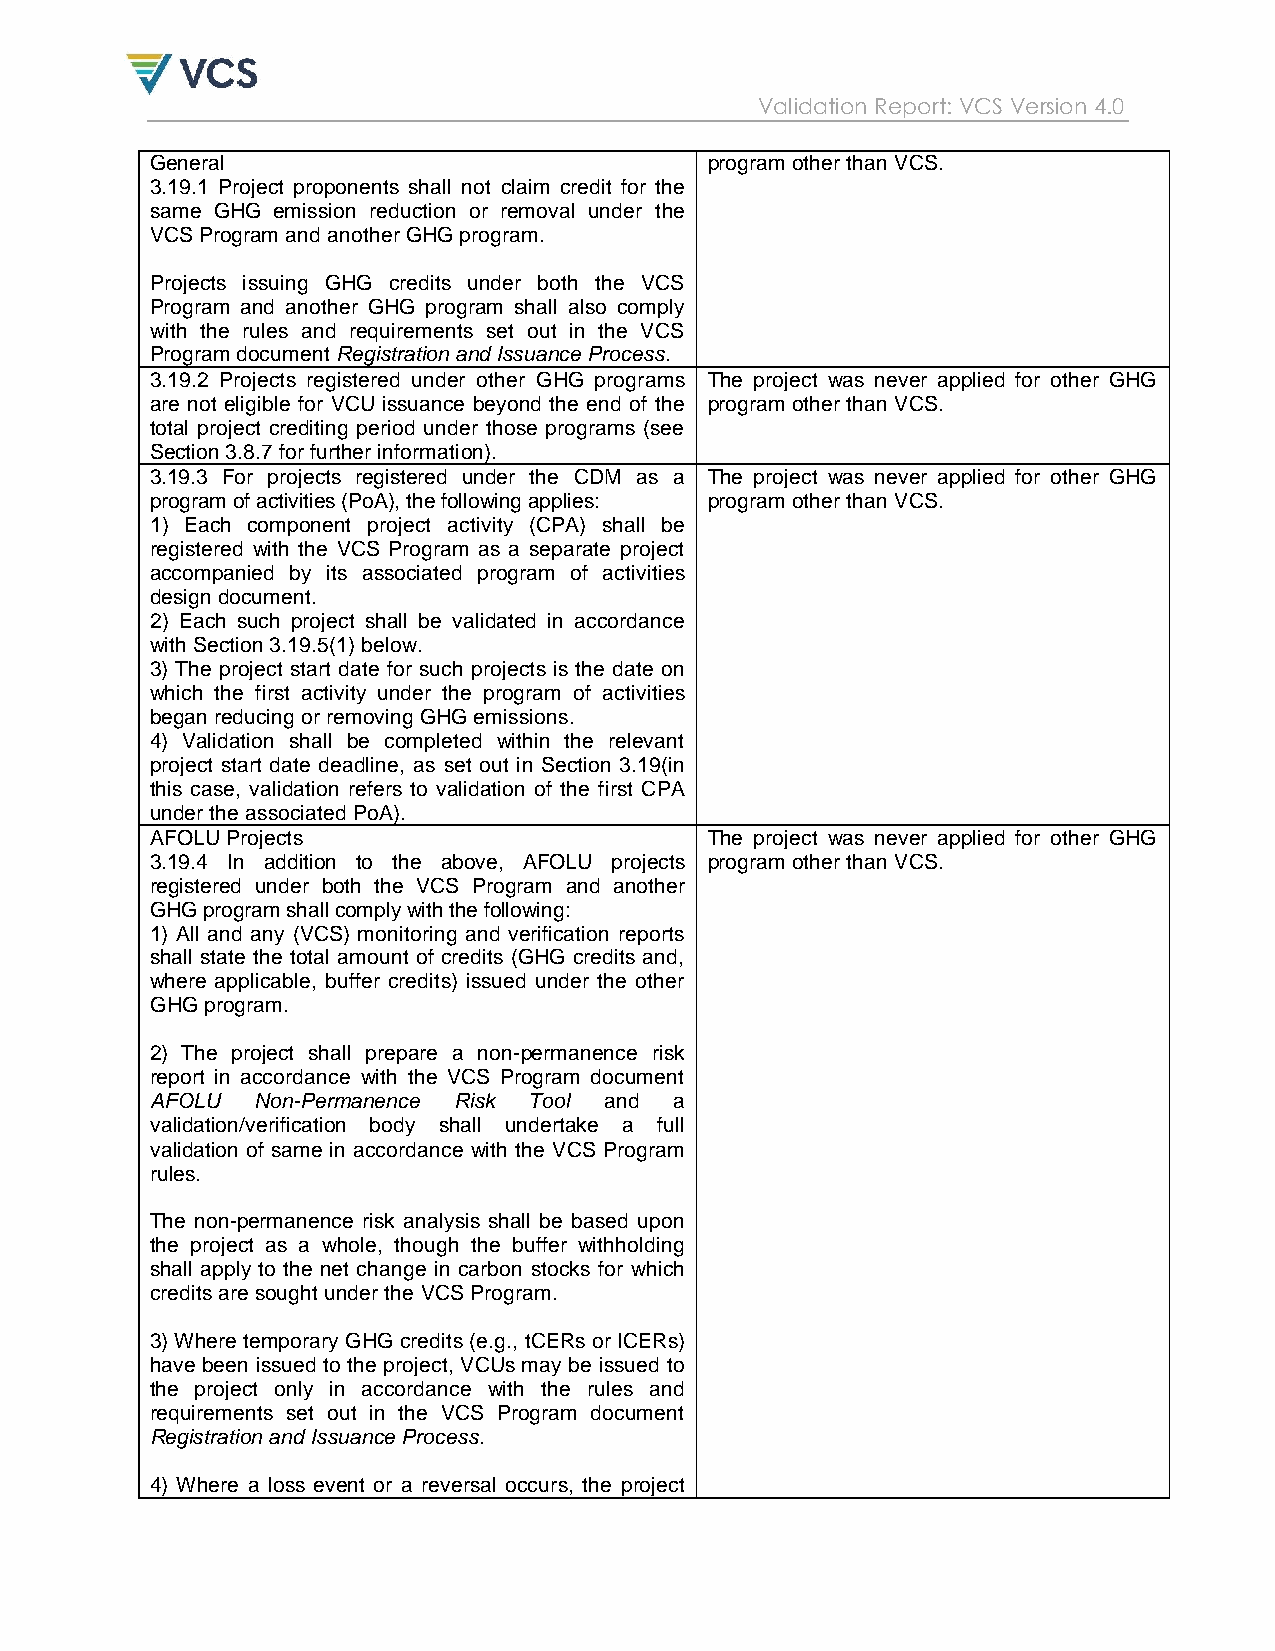
Validation Report: VCS Version 4.0
 General                              program other than VCS.
 3.19.1 Project proponents shall not claim credit for the
 same GHG emission reduction or removal under the
 VCS Program and another GHG program.
 Projects issuing GHG credits under both the VCS
 Program and another GHG program shall also comply
 with the rules and requirements set out in the VCS
 Program document Registration and Issuance Process.
 3.19.2 Projects registered under other GHG programs The project was never applied for other GHG
 are not eligible for VCU issuance beyond the end of the program other than VCS.
 total project crediting period under those programs (see
 Section 3.8.7 for further information).
 3.19.3 For projects registered under the CDM as a The project was never applied for other GHG
 program of activities (PoA), the following applies: program other than VCS.
 1) Each component project activity (CPA) shall be
 registered with the VCS Program as a separate project
 accompanied by its associated program of activities
 design document.
 2) Each such project shall be validated in accordance
 with Section 3.19.5(1) below.
 3) The project start date for such projects is the date on
 which the first activity under the program of activities
 began reducing or removing GHG emissions.
 4) Validation shall be completed within the relevant
 project start date deadline, as set out in Section 3.19(in
 this case, validation refers to validation of the first CPA
 under the associated PoA).
 AFOLU Projects                       The project was never applied for other GHG
 3.19.4 In addition to the above, AFOLU projects program other than VCS.
 registered under both the VCS Program and another
 GHG program shall comply with the following:
 1) All and any (VCS) monitoring and verification reports
 shall state the total amount of credits (GHG credits and,
 where applicable, buffer credits) issued under the other
 GHG program.
 2) The project shall prepare a non-permanence risk
 report in accordance with the VCS Program document
 AFOLU  Non-Permanence Risk Tool and a
 validation/verification body shall undertake a full
 validation of same in accordance with the VCS Program
 rules.
 The non-permanence risk analysis shall be based upon
 the project as a whole, though the buffer withholding
 shall apply to the net change in carbon stocks for which
 credits are sought under the VCS Program.
 3) Where temporary GHG credits (e.g., tCERs or lCERs)
 have been issued to the project, VCUs may be issued to
 the project only in accordance with the rules and
 requirements set out in the VCS Program document
 Registration and Issuance Process.
 4) Where a loss event or a reversal occurs, the project